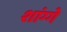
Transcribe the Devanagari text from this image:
शांग्गे